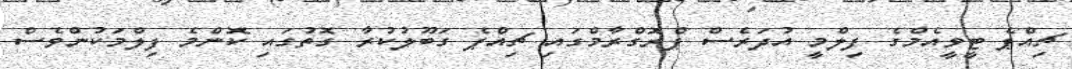
ޗިއްޕެ ޓީވީއެމްގެ ފިލްމީ އުދަރެސް ޕްރޮގްރާމްގައި ޗިއްޕެ ގަބޫލުކުރާ ގޮތުގައި ކޮންމެ ފިލްމަކުންވެސް